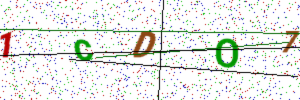
Text: 1CDO7